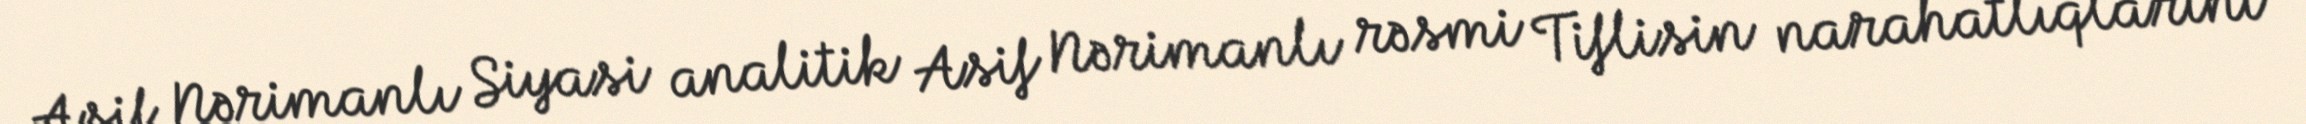
Asif Nərimanlı Siyasi analitik Asif Nərimanlı rəsmi Tiflisin narahatlıqlarını